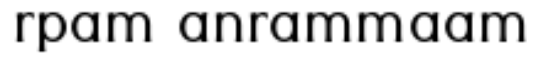
rpam anrammaam